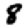
Digit: 8